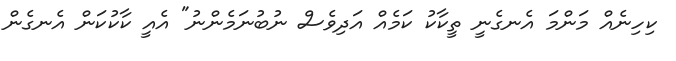
ކިހިނެއް މަންމަ އެނގެނީ ތީކާކު ކަމެއް އަދިވެސް ނުބުނަމެންނު" އެއީ ކާކުކަން އެނގެން